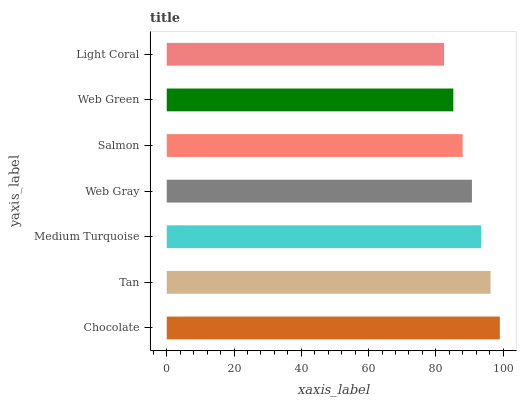
| yaxis_label | bars |
 | --- | --- |
 | Chocolate | 99 |
 | Tan | 96.2 |
 | Medium Turquoise | 93.5 |
 | Web Gray | 90.7 |
 | Salmon | 87.9 |
 | Web Green | 85.2 |
 | Light Coral | 82.4 |